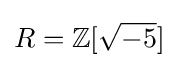
R=\mathbb {Z} [{\sqrt {-5}}]